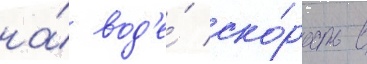
на́ вод'е́ ско́рость в